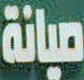
صيانة